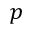
p